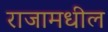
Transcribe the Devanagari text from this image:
राजामधील